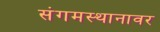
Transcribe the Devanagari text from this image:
संगमस्थानावर